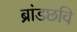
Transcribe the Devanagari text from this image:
ब्रांडछवि